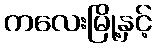
ကလေးမြို့နှင့်